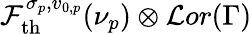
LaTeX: \mathcal{F}_{\mathrm{th}}^{\sigma_{p},v_{0,p}}(\nu_{p})\otimes\mathcal{L}or(\Gamma)